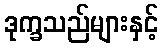
ဒုက္ခသည်များနှင့်